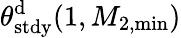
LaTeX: \theta_{\mathrm{stdy}}^{\mathrm{d}}(1,M_{2,\operatorname*{min}})